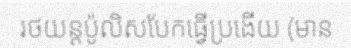
រថយន្តប៉ូលិសបែកធ្វើប្រងើយ (មាន